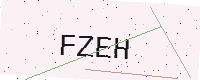
Text: FZEH